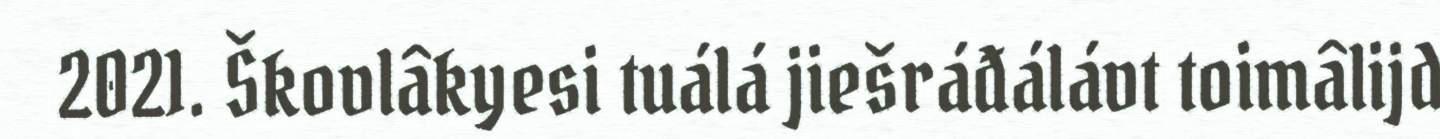
2021. Škovlâkyesi tuálá jiešráđálávt toimâlijd